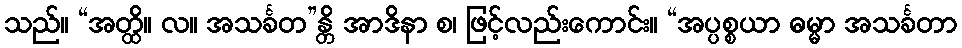
သည်။ “အတ္ထိ။ လ။ အသင်္ခတ”န္တိ အာဒိနာ စ၊ ဖြင့်လည်းကောင်း။ “အပ္ပစ္စယာ ဓမ္မာ အသင်္ခတာ